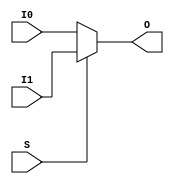
`timescale 1ns/1ps

module MUXF8 (output O, input I0, input I1, input S);
	assign O = (S)? I1 : I0;
endmodule